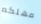
مهلكم